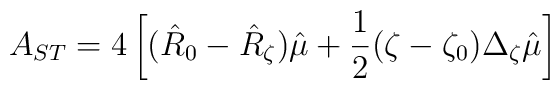
A_{ST}=4\left [ ( \hat R_{0}-\hat R_{\zeta})\hat\mu+	  \frac{1}{2}(\zeta-\zeta_{0})\Delta_{\zeta}\hat\mu \right]